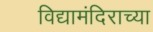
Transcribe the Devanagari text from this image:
विद्यामंदिराच्या